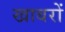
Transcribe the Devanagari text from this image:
खाबरों